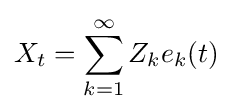
X_{t}=\sum _{k=1}^{\infty }Z_{k}e_{k}(t)